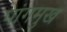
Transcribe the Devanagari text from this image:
पांगमुख